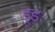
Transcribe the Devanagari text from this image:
हूडः